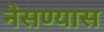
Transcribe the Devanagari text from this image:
नेसण्यास